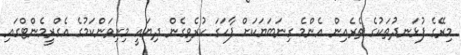
މިރޭގެ ފުޅަނދުތަކުގެ ތެރެއިން އެންމެ ގިނަބަޔަކަށް ފާހަގަ ކުރެވިގެން ދިޔައީ މިނިވަންކަމުގެ އެގްރީމެންޓްގައި